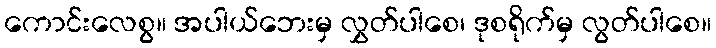
ကောင်းလေစွ။ အပါယ်ဘေးမှ လွှတ်ပါစေ၊ ဒုစရိုက်မှ လွတ်ပါစေ။